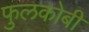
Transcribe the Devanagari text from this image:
फुलकोबी